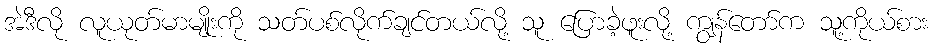
အဲဒီလို လူယုတ်မာမျိုးကို သတ်ပစ်လိုက်ချင်တယ်လို့ သူ ပြောခဲ့ဖူးလို့ ကျွန်တော်က သူ့ကိုယ်စား